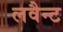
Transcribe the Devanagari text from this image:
लवैन्ट